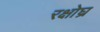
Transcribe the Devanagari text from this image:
रक्षोघ्र